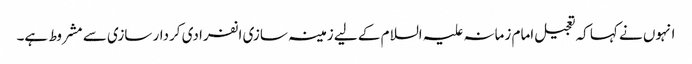
انہوں نے کہا کہ تعجیل امام زمانہ علیہ السلام کے لیے زمینہ سازی انفرادی کردار سازی سے مشروط ہے۔